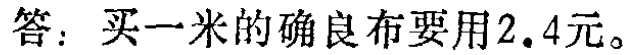
答：买一米的确良布要用\(2.4\)元。